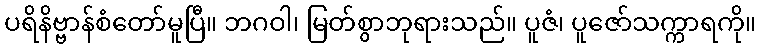
ပရိနိဗ္ဗာန်စံတော်မူပြီ။ ဘဂဝါ၊ မြတ်စွာဘုရားသည်။ ပူဇံ၊ ပူဇော်သက္ကာရကို။